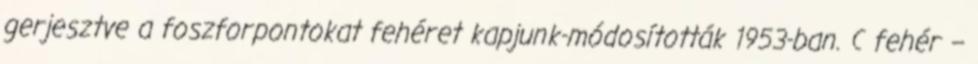
gerjesztve a foszforpontokat fehéret kapjunk-módosították 1953-ban. C fehér –